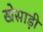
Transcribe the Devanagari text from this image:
खेसाड़ी